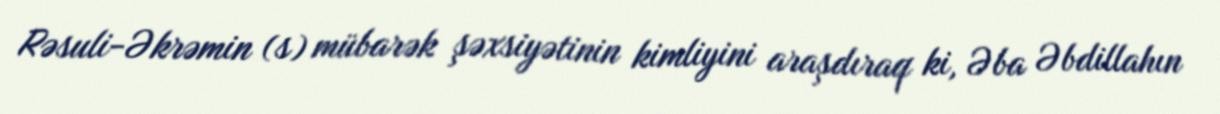
Rəsuli-Əkrəmin (s) mübarək şəxsiyətinin kimliyini araşdıraq ki, Əba Əbdillahın